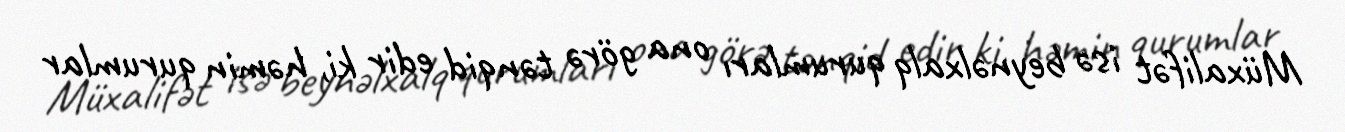
Müxalifət isə beynəlxalq qurumları ona görə tənqid edir ki, həmin qurumlar